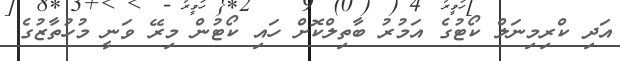
އަދި ކްރިމިނަލް ކޯޓުގެ އަމުރު ބާތިލްކޮށް ހައި ކޯޓުން މިރޭ ވަނީ މުހުތާޒުގެ